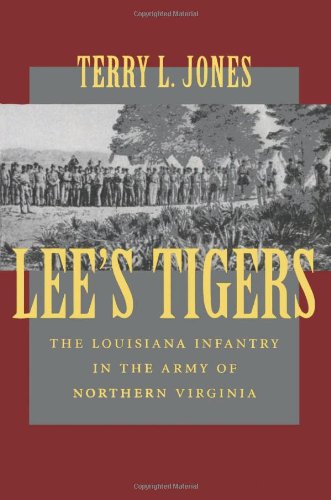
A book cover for Lee's Tigers: The Louisiana Infantry in the Army of Northern Virginia (Civil War (Louisana State University Press)); Terry L. Jones; History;